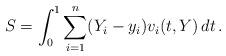
LaTeX: \begin{align*}S = \int_0^1 \sum_{i=1}^n (Y_i-y_i) v_i(t,Y)\, dt\, . \end{align*}